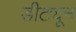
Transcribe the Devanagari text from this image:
डीट्यून